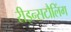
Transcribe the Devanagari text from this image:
रीइन्सटौलिंग